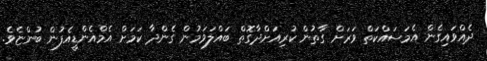
ދެއްވައިގެން އެމަސައްކަތް ވަރަށް ގާތުން ކުރިއަށްދާގޮތް ބައްލަވަމުން ގެންދާ ކަމަށް އެމްއެންޑީއެފުން ބުންޏެވެ.